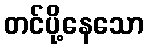
တင်ပို့နေသော